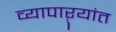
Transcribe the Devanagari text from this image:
व्यापाऱ्यांत